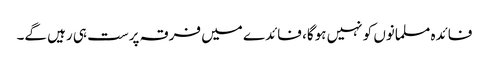
فائدہ مسلمانوں کو نہیں ہوگا، فائدے میں فرقہ پرست ہی رہیں گے۔